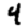
Digit: 4